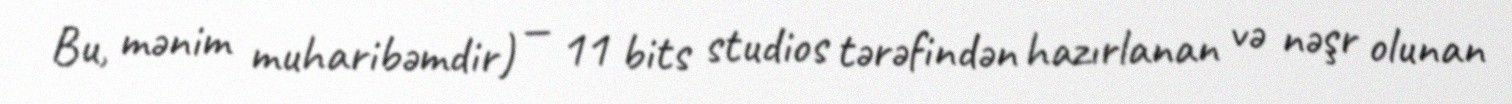
Bu, mənim muharibəmdir) — 11 bits studios tərəfindən hazırlanan və nəşr olunan